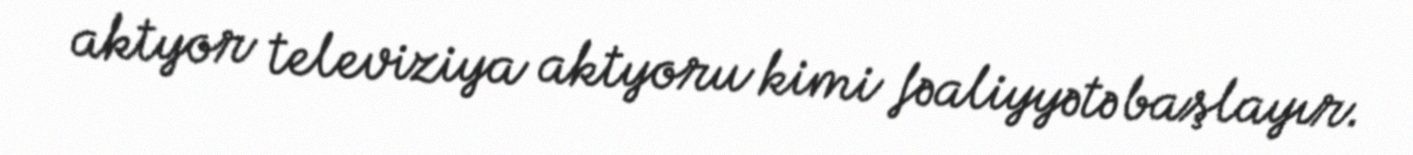
aktyor televiziya aktyoru kimi fəaliyyətə başlayır.